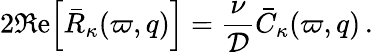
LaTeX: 2\Re\mathrm{e}\Big[\bar{R}_{\kappa}(\varpi,q)\Big]=\frac{\nu}{{\cal D}}\bar{C}_{\kappa}(\varpi,q)\, .